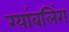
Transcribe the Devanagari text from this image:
ग्यांबलिंग